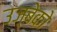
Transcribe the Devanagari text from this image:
उज़्बेको